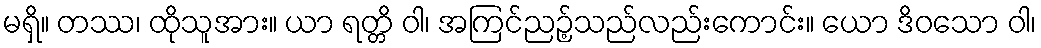
မရှိ။ တဿ၊ ထိုသူအား။ ယာ ရတ္တိ ဝါ၊ အကြင်ညဉ့်သည်လည်းကောင်း။ ယော ဒိဝသော ဝါ၊